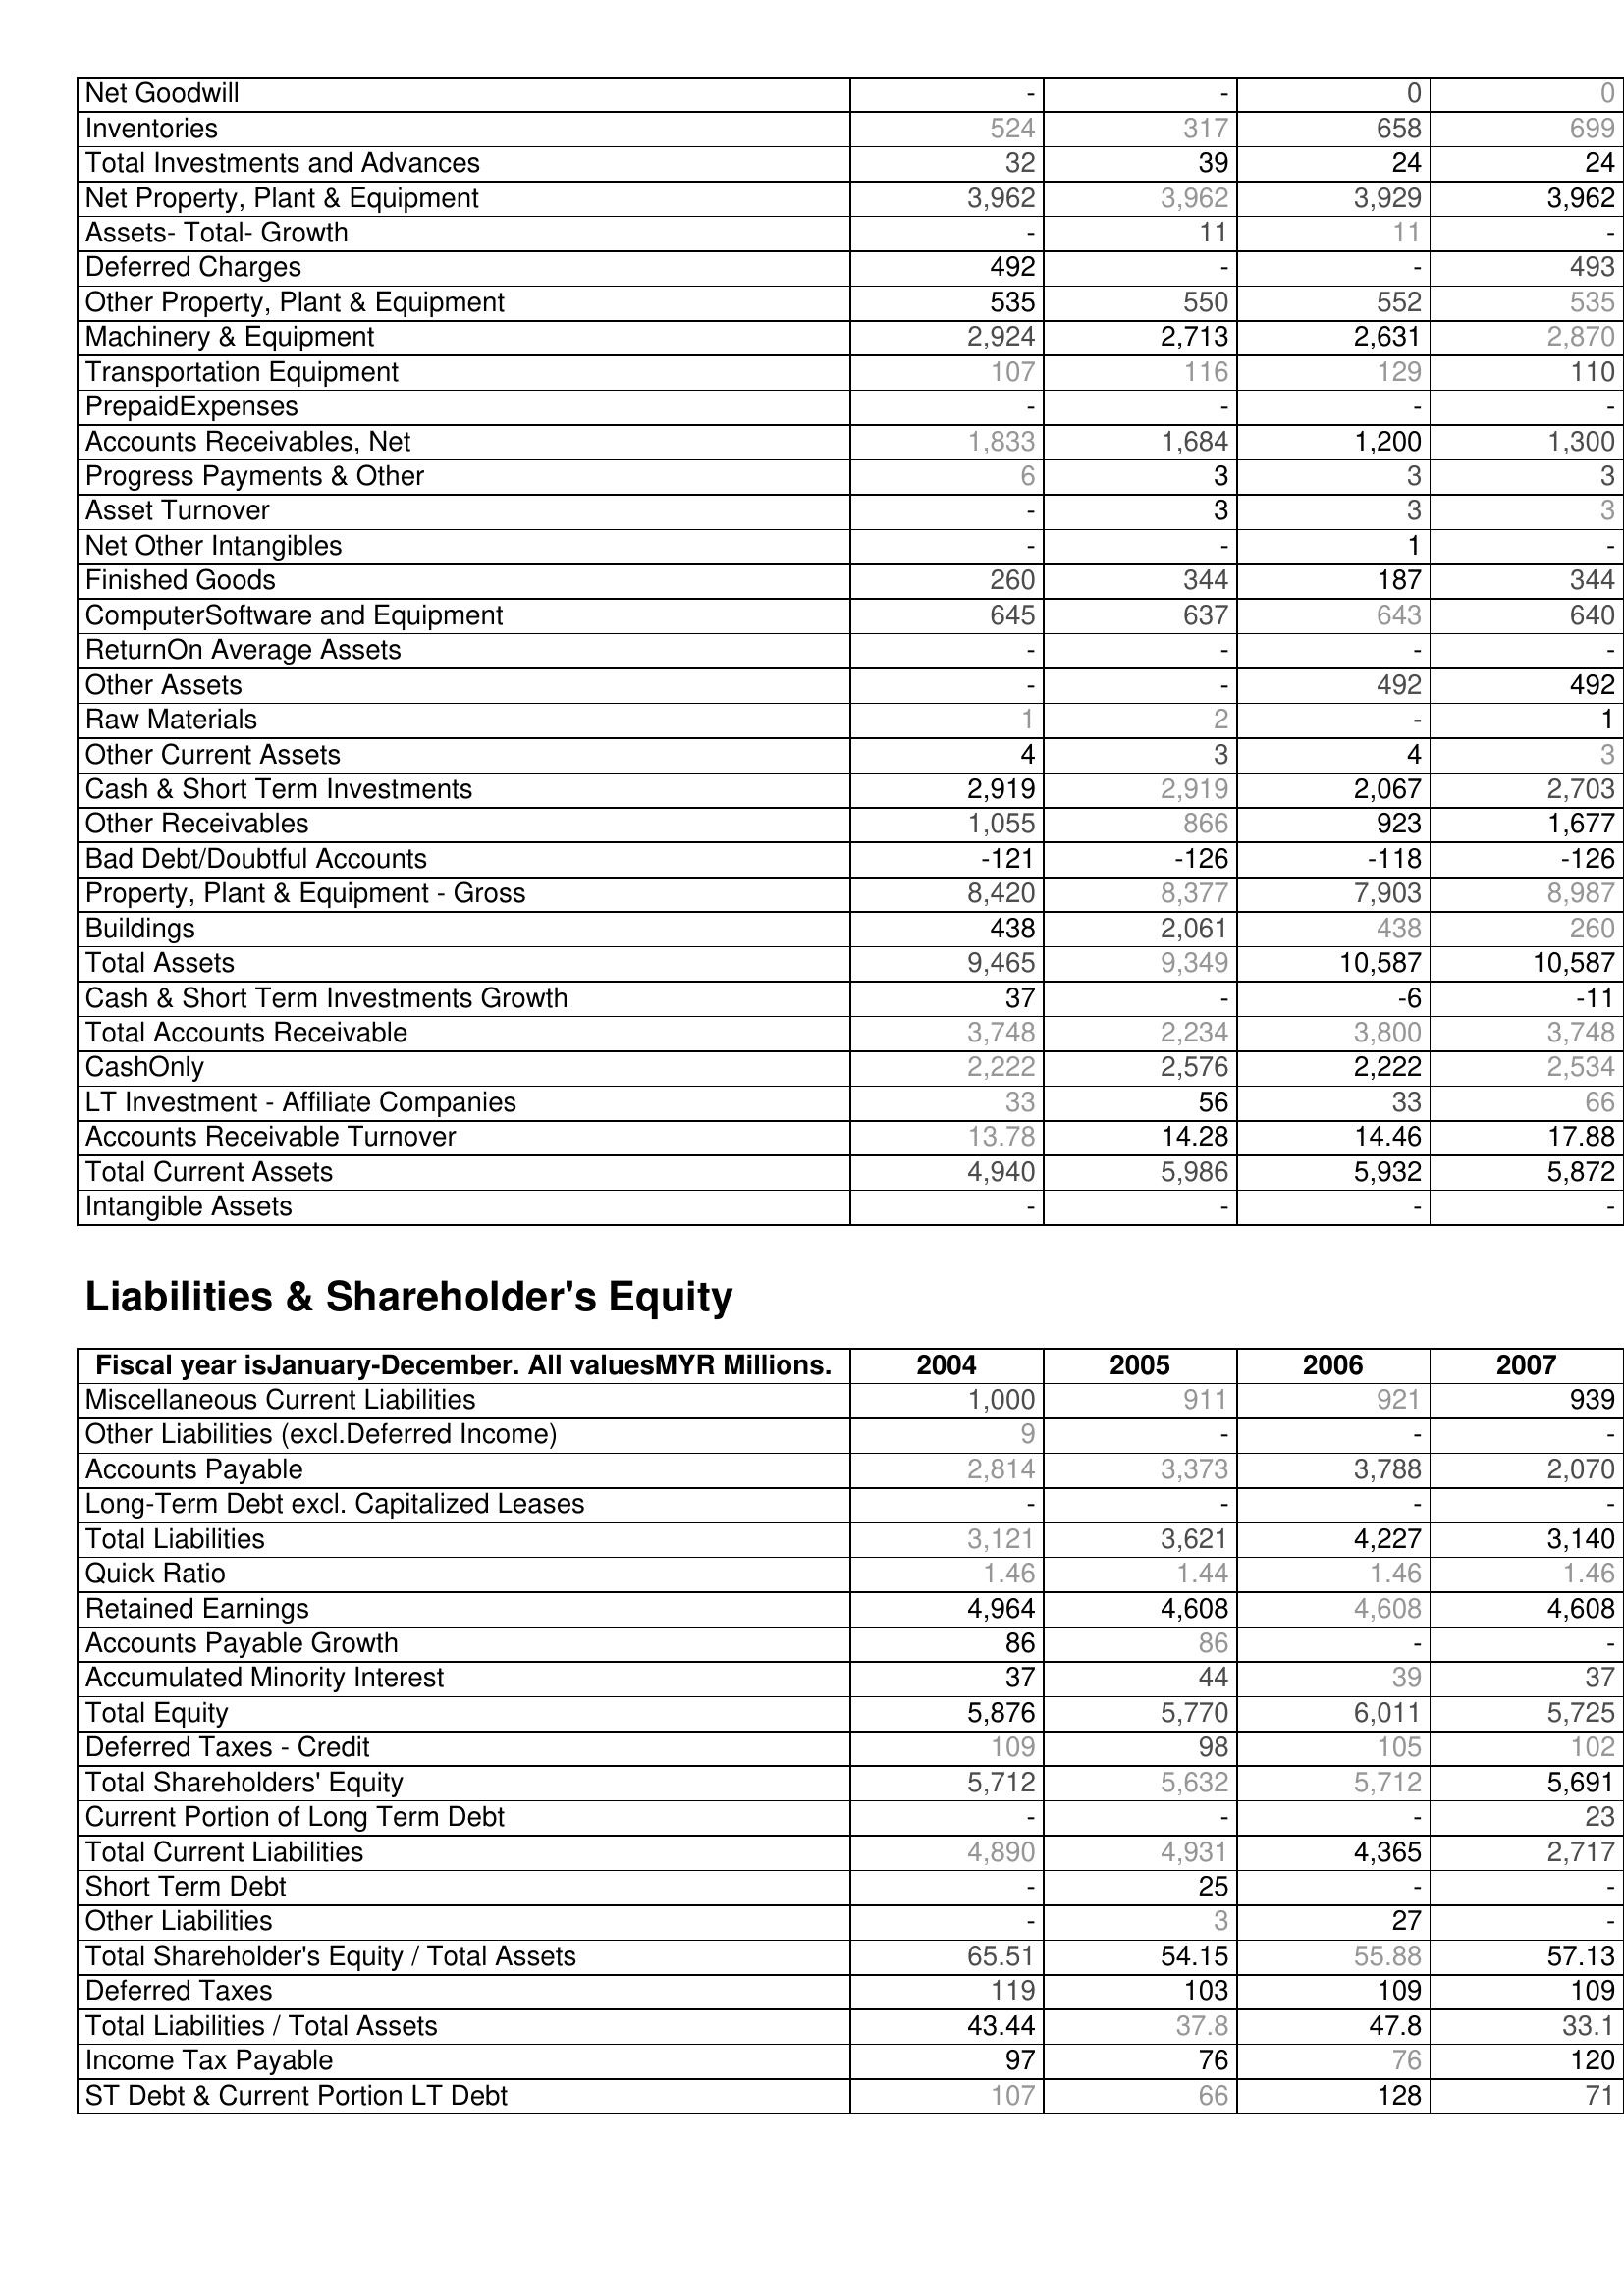
2004: Assets: Net Goodwill: -
Inventories: 524
Total Investments and Advances: 32
Net Property, Plant & Equipment: 3,962
Assets- Total- Growth: -
Deferred Charges: 492
Other Property, Plant & Equipment: 535
Machinery & Equipment: 2,924
Transportation Equipment: 107
PrepaidExpenses: -
Accounts Receivables, Net: 1,833
Progress Payments & Other: 6
Asset Turnover: -
Net Other Intangibles: -
Finished Goods: 260
ComputerSoftware and Equipment: 645
ReturnOn Average Assets: -
Other Assets: -
Raw Materials: 1
Other Current Assets: 4
Cash & Short Term Investments: 2,919
Other Receivables: 1,055
Bad Debt/Doubtful Accounts: -121
Property, Plant & Equipment - Gross : 8,420
Buildings: 438
Total Assets: 9,465
Cash & Short Term Investments Growth: 37
Total Accounts Receivable: 3,748
CashOnly: 2,222
LT Investment - Affiliate Companies: 33
Accounts Receivable Turnover: 13.78
Total Current Assets: 4,940
Intangible Assets: -
Liabilities & Shareholder's Equity: Miscellaneous Current Liabilities: 1,000
Other Liabilities (excl.Deferred Income): 9
Accounts Payable: 2,814
Long-Term Debt excl. Capitalized Leases: -
Total Liabilities: 3,121
Quick Ratio: 1.46
Retained Earnings: 4,964
Accounts Payable Growth: 86
Accumulated Minority Interest: 37
Total Equity: 5,876
Deferred Taxes - Credit: 109
Total Shareholders' Equity: 5,712
Current Portion of Long Term Debt: -
Total Current Liabilities: 4,890
Short Term Debt: -
Other Liabilities: -
Total Shareholder's Equity / Total Assets: 65.51
Deferred Taxes: 119
Total Liabilities / Total Assets: 43.44
Income Tax Payable: 97
ST Debt & Current Portion LT Debt: 107
2005: Assets: Net Goodwill: -
Inventories: 317
Total Investments and Advances: 39
Net Property, Plant & Equipment: 3,962
Assets- Total- Growth: 11
Deferred Charges: -
Other Property, Plant & Equipment: 550
Machinery & Equipment: 2,713
Transportation Equipment: 116
PrepaidExpenses: -
Accounts Receivables, Net: 1,684
Progress Payments & Other: 3
Asset Turnover: 3
Net Other Intangibles: -
Finished Goods: 344
ComputerSoftware and Equipment: 637
ReturnOn Average Assets: -
Other Assets: -
Raw Materials: 2
Other Current Assets: 3
Cash & Short Term Investments: 2,919
Other Receivables: 866
Bad Debt/Doubtful Accounts: -126
Property, Plant & Equipment - Gross : 8,377
Buildings: 2,061
Total Assets: 9,349
Cash & Short Term Investments Growth: -
Total Accounts Receivable: 2,234
CashOnly: 2,576
LT Investment - Affiliate Companies: 56
Accounts Receivable Turnover: 14.28
Total Current Assets: 5,986
Intangible Assets: -
Liabilities & Shareholder's Equity: Miscellaneous Current Liabilities: 911
Other Liabilities (excl.Deferred Income): -
Accounts Payable: 3,373
Long-Term Debt excl. Capitalized Leases: -
Total Liabilities: 3,621
Quick Ratio: 1.44
Retained Earnings: 4,608
Accounts Payable Growth: 86
Accumulated Minority Interest: 44
Total Equity: 5,770
Deferred Taxes - Credit: 98
Total Shareholders' Equity: 5,632
Current Portion of Long Term Debt: -
Total Current Liabilities: 4,931
Short Term Debt: 25
Other Liabilities: 3
Total Shareholder's Equity / Total Assets: 54.15
Deferred Taxes: 103
Total Liabilities / Total Assets: 37.8
Income Tax Payable: 76
ST Debt & Current Portion LT Debt: 66
2006: Assets: Net Goodwill: 0
Inventories: 658
Total Investments and Advances: 24
Net Property, Plant & Equipment: 3,929
Assets- Total- Growth: 11
Deferred Charges: -
Other Property, Plant & Equipment: 552
Machinery & Equipment: 2,631
Transportation Equipment: 129
PrepaidExpenses: -
Accounts Receivables, Net: 1,200
Progress Payments & Other: 3
Asset Turnover: 3
Net Other Intangibles: 1
Finished Goods: 187
ComputerSoftware and Equipment: 643
ReturnOn Average Assets: -
Other Assets: 492
Raw Materials: -
Other Current Assets: 4
Cash & Short Term Investments: 2,067
Other Receivables: 923
Bad Debt/Doubtful Accounts: -118
Property, Plant & Equipment - Gross : 7,903
Buildings: 438
Total Assets: 10,587
Cash & Short Term Investments Growth: -6
Total Accounts Receivable: 3,800
CashOnly: 2,222
LT Investment - Affiliate Companies: 33
Accounts Receivable Turnover: 14.46
Total Current Assets: 5,932
Intangible Assets: -
Liabilities & Shareholder's Equity: Miscellaneous Current Liabilities: 921
Other Liabilities (excl.Deferred Income): -
Accounts Payable: 3,788
Long-Term Debt excl. Capitalized Leases: -
Total Liabilities: 4,227
Quick Ratio: 1.46
Retained Earnings: 4,608
Accounts Payable Growth: -
Accumulated Minority Interest: 39
Total Equity: 6,011
Deferred Taxes - Credit: 105
Total Shareholders' Equity: 5,712
Current Portion of Long Term Debt: -
Total Current Liabilities: 4,365
Short Term Debt: -
Other Liabilities: 27
Total Shareholder's Equity / Total Assets: 55.88
Deferred Taxes: 109
Total Liabilities / Total Assets: 47.8
Income Tax Payable: 76
ST Debt & Current Portion LT Debt: 128
2007: Assets: Net Goodwill: 0
Inventories: 699
Total Investments and Advances: 24
Net Property, Plant & Equipment: 3,962
Assets- Total- Growth: -
Deferred Charges: 493
Other Property, Plant & Equipment: 535
Machinery & Equipment: 2,870
Transportation Equipment: 110
PrepaidExpenses: -
Accounts Receivables, Net: 1,300
Progress Payments & Other: 3
Asset Turnover: 3
Net Other Intangibles: -
Finished Goods: 344
ComputerSoftware and Equipment: 640
ReturnOn Average Assets: -
Other Assets: 492
Raw Materials: 1
Other Current Assets: 3
Cash & Short Term Investments: 2,703
Other Receivables: 1,677
Bad Debt/Doubtful Accounts: -126
Property, Plant & Equipment - Gross : 8,987
Buildings: 260
Total Assets: 10,587
Cash & Short Term Investments Growth: -11
Total Accounts Receivable: 3,748
CashOnly: 2,534
LT Investment - Affiliate Companies: 66
Accounts Receivable Turnover: 17.88
Total Current Assets: 5,872
Intangible Assets: -
Liabilities & Shareholder's Equity: Miscellaneous Current Liabilities: 939
Other Liabilities (excl.Deferred Income): -
Accounts Payable: 2,070
Long-Term Debt excl. Capitalized Leases: -
Total Liabilities: 3,140
Quick Ratio: 1.46
Retained Earnings: 4,608
Accounts Payable Growth: -
Accumulated Minority Interest: 37
Total Equity: 5,725
Deferred Taxes - Credit: 102
Total Shareholders' Equity: 5,691
Current Portion of Long Term Debt: 23
Total Current Liabilities: 2,717
Short Term Debt: -
Other Liabilities: -
Total Shareholder's Equity / Total Assets: 57.13
Deferred Taxes: 109
Total Liabilities / Total Assets: 33.1
Income Tax Payable: 120
ST Debt & Current Portion LT Debt: 71